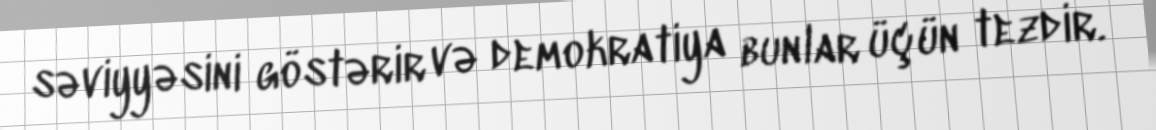
səviyyəsini göstərir və demokratiya bunlar üçün tezdir.